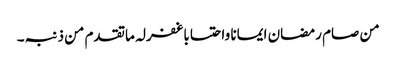
من صام رمضان ایمانا واحتسابا غفرلہ ماتقدم من ذنبہ۔